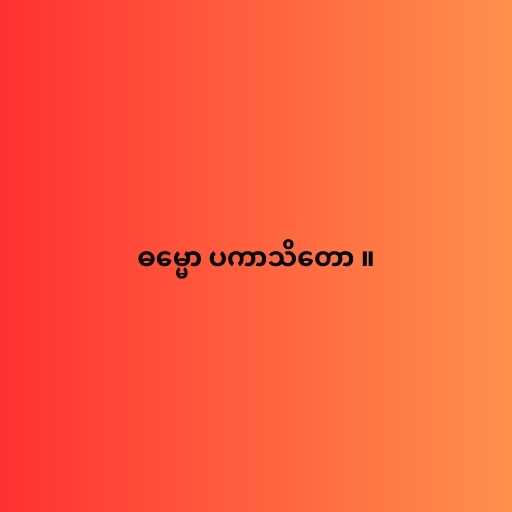
ဓမ္မော ပကာသိတော ။